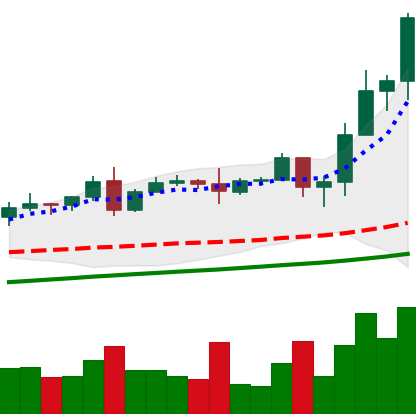
Ticker: TRX-USD
Chart end date: 2020-08-16
Forward return: -13.699%
Label: down_7plus